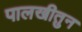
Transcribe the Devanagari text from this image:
पालखीतुन